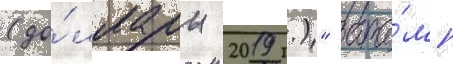
(до́ллары 2019 г.)" тра́мп